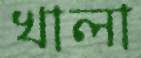
খালা